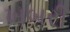
ખબરી